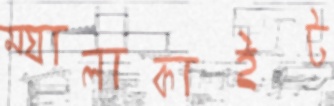
ম্যালাকাইট